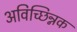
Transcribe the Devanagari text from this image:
अविच्छिन्नक